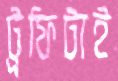
ট্রফিটাই